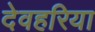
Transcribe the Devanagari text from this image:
देवहरिया